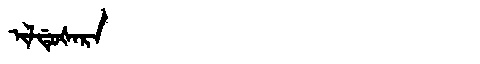
Manchu: ᡳᠯᡩᡠᡧᠠᡵᠠ
Romanization: ILDUŠARA